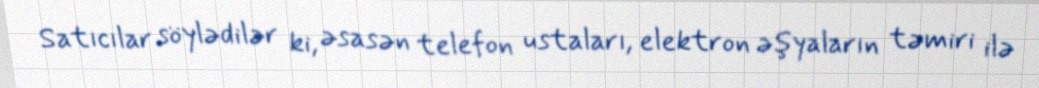
Satıcılar söylədilər ki, əsasən telefon ustaları, elektron əşyaların təmiri ilə